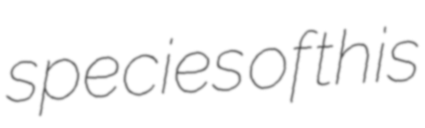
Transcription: species of this